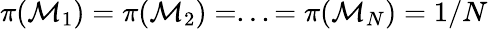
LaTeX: \pi({\cal M}_{1})=\pi({\cal M}_{2})=...=\pi({\cal M}_{N})=1/N